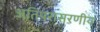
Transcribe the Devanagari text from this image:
अतिपरासरणीय